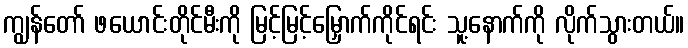
ကျွန်တော် ဖယောင်းတိုင်မီးကို မြင့်မြင့်မြှောက်ကိုင်ရင်း သူ့နောက်ကို လိုက်သွားတယ်။